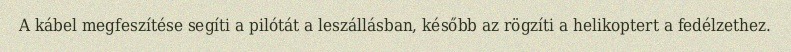
A kábel megfeszítése segíti a pilótát a leszállásban, később az rögzíti a helikoptert a fedélzethez.